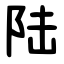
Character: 陆